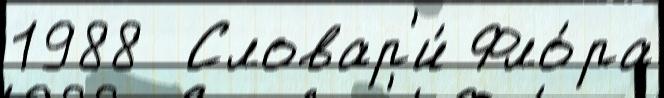
1988  Словар'и́ Фло́ра